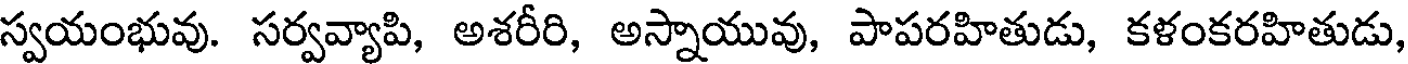
స్వయంభువు. సర్వవ్యాపి, అశరీరి, అస్నాయువు, పాపరహితుడు, కళంకరహితుడు,